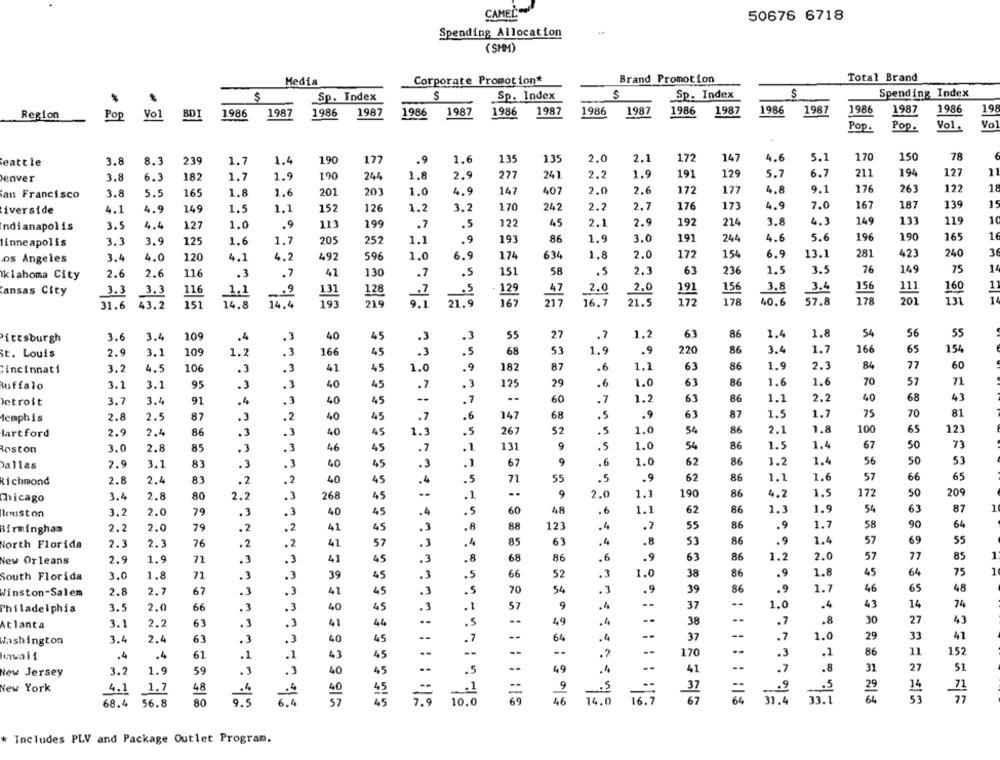
CAMEL"
50676 6718
Spending Allocation
( SHM)
Total Brand
Media
Corporate Promotion*
Brand Promotion
$
Sp. Index
Sp. Index
$
Sp. Index
Spending Index
Region
Vol
BDI
1986
1987
1986
1987
1986
1987
1986
1987
1986
1987
1986
1987
1986
1987
1986
1987
1986
198
Pop
Pop.
Pop.
Vol.
Vo
1.7
190
177
.9
1.6
135
135
2.0
2.1
172
147
4.6
5.1
170
150
78
eattle
3.8
8.3
239
1.4
182
1.7
1.9
1.8
2.9
277
241
2.2
1.9
191
129
5.7
6.7
211
194
127
11
enver
3.8
6.3
190
244
1.0
4.9
147
407
2.0
2.6
172
177
4.8
9.1
276
263
122
18
an Francisco
3.8
5.5
165
1.8
1.6
201
201
2.2
2.7
176
173
4.9
167
187
139
15
iverside
4.1
4.9
149
1.5
1.1
152
126
1.2
3.2
170
242
7.0
2.9
3.8
4.3
149
133
119
10
ndianapolis
3.5
4.4
127
1.0
.9
113
199
.7
.5
122
45
2.1
192
214
196
165
16
linneapolis
3.3
3.9
125
1.6
1.7
205
252
1.1
.9
193
8.6
1.9
3.0
191
244
4.6
5.6
190
36
os Angeles
3.4
4.0
120
4.1
4.2
492
596
1.0
6.9
174
634
1.8
2.0
172
154
6.9
13.1
281
423
240
14
2.6
2.6
116
.3
.7
41
130
.7
.5
151
58
.5
2.3
63
236
1.5
3.5
76
149
75
oklahoma City
129
156
3.8
3.4
156
111
160
11
Kansas City
3.3
3.3
116
1.1
128
.7
.5
47
2.0
2.0
31.6
43.2
151
14.8
14.4
219
9.1
21.9
167
21 7
16. 7
21.5
178
40.6
57.8
178
201
131
109
.3
55
27
.7
1.2
63
86
1.4
1.8
54
56
55
Pittsburgh
3.6
3.4
.4
40
45
.3
.3
68
53
.9
220
86
3.4
1.7
166
65
154
St. Louis
2.9
3.1
109
1.2
. 3
166
45
.3
.5
1.9
182
87
.6
1.1
63
86
1.9
2.3
84
77
60
Cincinnati
3.2
4.5
106
.3
41
45
1.0
1.6
1.6
70
57
71
buffalo
3.1
3.1
95
.3
.3
40
45
.7
mnam
125
29
.6
1.0
63
86
Detroit
3.7
3.4
91
4
.3
40
45
-
.7
--
60
.7
1.2
63
86
1.1
2.2
40
68
43
femphis
2.8
2.5
87
.3
.2
40
45
.7
.6
147
68
.5
.9
63
87
1.5
1.7
75
70
81
lartford
2.9
2.4
86
.3
.3
40
45
1.3
5
267
52
. 5
1.0
54
86
2.1
1.8
100
65
123
Boston
3.0
2.8
85
.3
3
46
45
.7
1
131
9
.5
1.0
54
8.6
1.5
1.4
67
50
73
2.9
83
.3
.3
.3
-
67
9
.6
1.0
62
86
1.2
1.4
56
50
53
Dallas
3.1
40
45
2.8
2.4
83
.2
2
45
.4
5
71
55
.5
.9
62
86
1.1
1.6
57
66
65
Richmond
40
2.8
80
.3
.1
9
2.0
1.1
190
86
4.2
1.5
172
50
209
Chicago
3.4
2.2
268
45
5
60
48
6
1.1
86
1.3
1.9
54
87
1
houston
3.2
2.0
79
.3
. 3
40
45
62
.8
88
123
.4
.7
.9
1.7
58
90
64
Birmingham
2.2
2.0
79
.2
.2
41
45
55
8
.4
1.4
57
69
55
North Florida
2.3
2.3
76
.2
.2
41
57
63
.8
53
86
.9
68
.6
86
2.0
57
77
85
1
New Orleans
2.9
1.9
71
.3
. 3
41
45
.3
.8
86
.9
63
1.2
1.8
45
64
75
1
South Florida
3.0
1.8
71
.3
3
39
45
.3
.5
66
52
.3
1.0
38
86
.9
Winston-Salem
2.8
2.7
67
.3
3
41
45
.3
5
70
54
.9
39
86
.9
1.7
46
65
48
Thiladelphia
3.5
2.0
66
.3
40
45
-
57
9
37
1.
.4
43
14
74
3.1
2.2
63
.3
41
. 5
49
38
--
.7
.8
30
27
43
Atlanta
3.4
2.4
63
.3
.3
45
.7
64
.4
37
1.0
29
33
41
Washington
40
61
.1
45
--
.?
170
.3
.1
86
11
152
.4
.4
43
1.9
.3
45
49
.4
--
41
.7
.8
31
27
51
New Jersey
3.2
59
.3
40
.5
9
New York
4-1
1.7
48
.4
37
29
14
71
67
33.1
64
53
77
68.4
56.8
8.0
10.0
46
31.4
Includes PLV and Package Outlet Program.